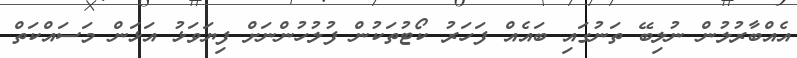
އެއްބާރުލުން ނުލިބޭ ތަނުގައި ބައެއް ފަހަރު ކޯޓުތަކުން ފުލުހުންނަށް ފިޔަވަޅު އަޅަން މަސައްކަތް